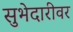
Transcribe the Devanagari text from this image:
सुभेदारीवर